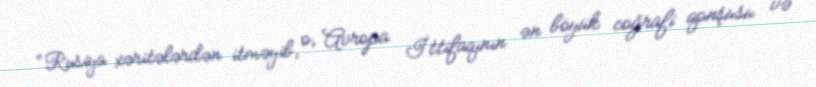
“Rusiya xəritələrdən itməyib, o, Avropa İttifaqının ən böyük coğrafi qonşusu və